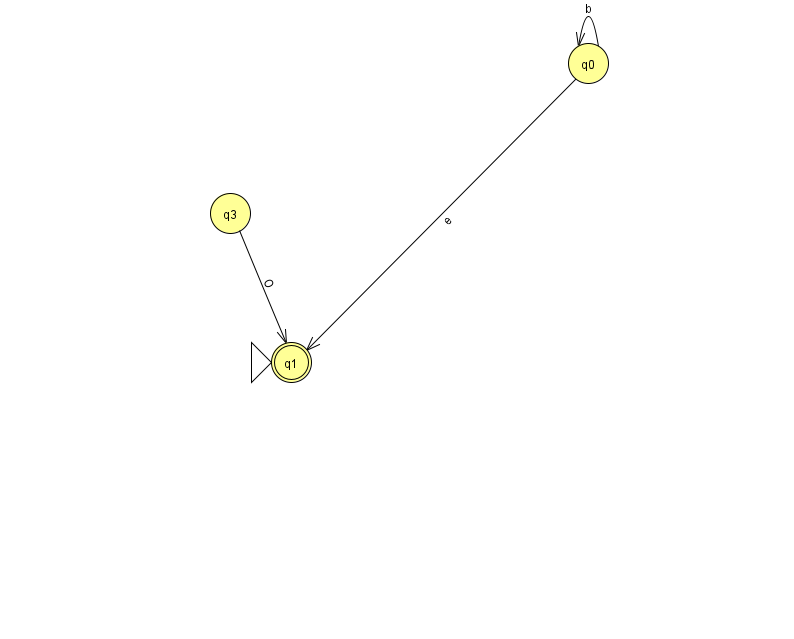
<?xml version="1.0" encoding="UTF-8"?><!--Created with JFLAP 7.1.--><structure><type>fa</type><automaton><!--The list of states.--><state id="0" name="q0"><x>588.0</x><y>50.0</y></state><state id="1" name="q1"><x>291.0</x><y>349.0</y><initial/><final/></state><state id="3" name="q3"><x>230.0</x><y>200.0</y></state><!--The list of transitions.--><transition><from>0</from><to>1</to><read>e</read></transition><transition><from>0</from><to>0</to><read>b</read></transition><transition><from>3</from><to>1</to><read>O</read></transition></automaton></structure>